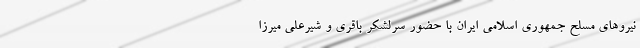
نیروهای مسلح جمهوری اسلامی ایران با حضور سرلشکر باقری و شیرعلی میرزا